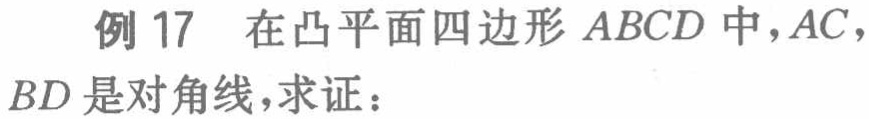
例 17 在凸平面四边形 \(ABCD\) 中，\(AC\)，\(BD\) 是对角线，求证：